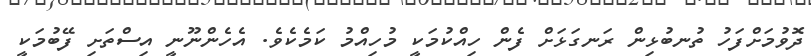
ދޮވުމަށްފަހު ތުނބުޅިން ރަނގަޅަށް ފެން ހިއްކުމަކީ މުހިއްމު ކަމެކެވެ. އެހެންނޫނީ އިސްތަށި ފޭބުމަކީ